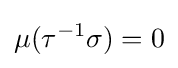
\mu (\tau ^{-1}\sigma )=0